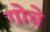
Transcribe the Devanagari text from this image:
गोचे